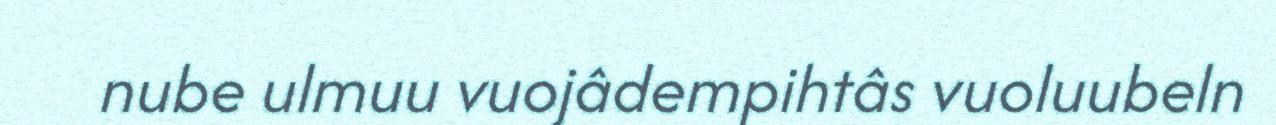
nube ulmuu vuojâdempihtâs vuoluubeln